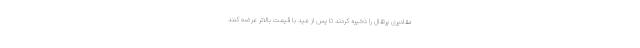
مقادیری پرتقال را ذخیره کردند تا پس از عید با قیمت بالاتر عرضه کنند